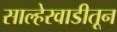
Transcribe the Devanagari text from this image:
साल्हेरवाडीतून